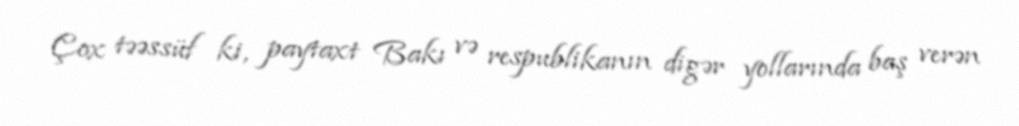
Çox təəssüf ki, paytaxt Bakı və respublikanın digər yollarında baş verən